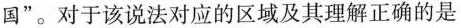
国”。对于该说法对应的区域及其理解正确的是()A.”银色中国”-甲-沃野千里，黄土广布B.”金色中国”-丁-戈壁广布，黄沙漫漫C.”黄色中国”-丙-地势高耸，冰川广布D.”绿色中国”-乙-山清水秀，郁郁葱葱8.藜麦具有耐寒、耐旱、耐瘠薄、耐盐碱等特性，是喜冷凉和高海拔的农作物。最适合种植在()A.甲 B.乙C.丙 D.丁